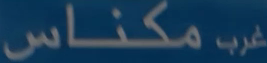
مكنااس غرب